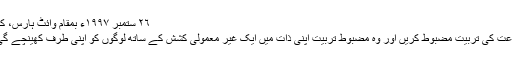
٢٦ ستمبر ١٩٩٧ء بمقام وائٹ ہارس، کینیڈا
جماعت کی تربیت مضبوط کریں اور وہ مضبوط تربیت اپنی ذات میں ایک غیر معمولی کشش کے ساتھ لوگوں کو اپنی طرف کھینچے گی ٣۔